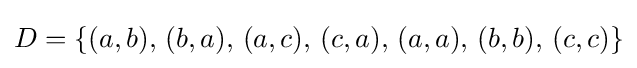
D=\{(a,b),\,(b,a),\,(a,c),\,(c,a),\,(a,a),\,(b,b),\,(c,c)\}